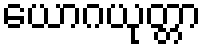
ယောဂယုတ္တာ